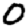
Digit: 0